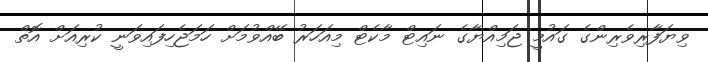
ވިޔަފާރިވެރިންގެ ގައުމީ ޖަމިއްޔާގެ ނައިޓް މާކެޓް މިއަހަރު ބޭއްވުމަށް ހަމަޖެހިފައިވަނީ ކުރިއަށް އޮތް